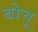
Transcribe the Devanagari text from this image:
बोचू